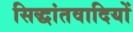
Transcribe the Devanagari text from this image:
सिद्धांतवादियों